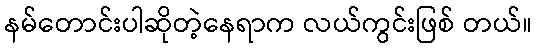
နမ်တောင်းပါဆိုတဲ့နေရာက လယ်ကွင်းဖြစ် တယ်။